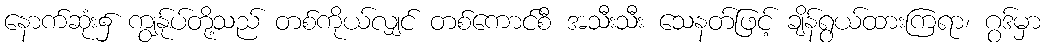
နောက်ဆုံး၌ ကျွန်ုပ်တို့သည် တစ်ကိုယ်လျှင် တစ်ကောင်စီ အသီးသီး သေနတ်ဖြင့် ချိန်ရွယ်ထားကြရာ၊ ဂွဒ်မှာ